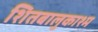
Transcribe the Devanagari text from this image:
शितबालुकाश्म